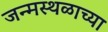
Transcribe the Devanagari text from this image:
जन्मस्थळाच्या